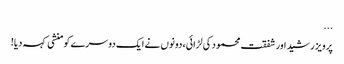
...
پرویز رشید اور شفقت محمود کی لڑائی، دونوں نے ایک دوسرے کو منشی کہہ دیا!